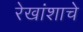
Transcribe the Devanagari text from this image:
रेखांशाचे